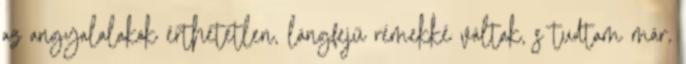
az angyalalakok érthetetlen, lángfejű rémekké váltak, s tudtam már,